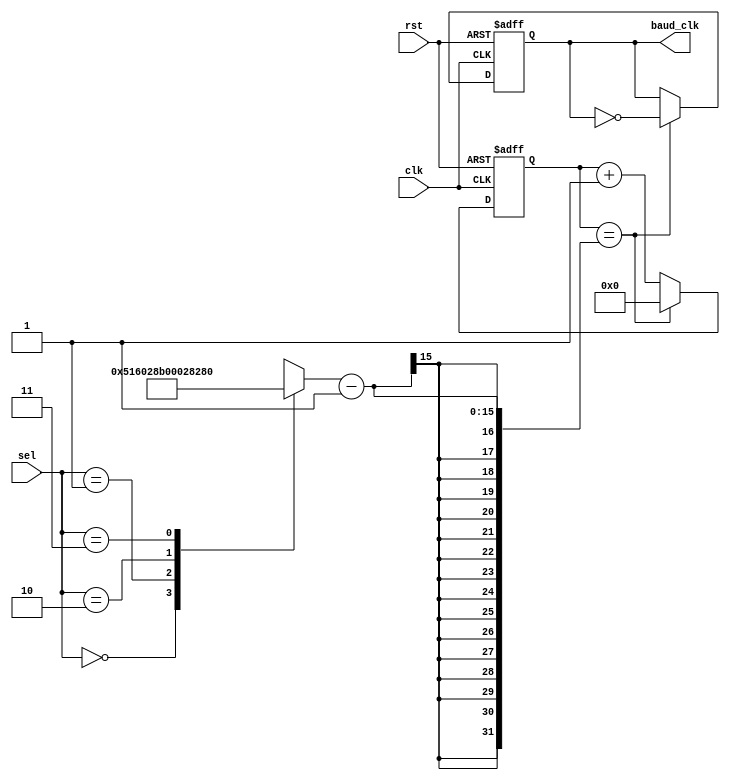
`timescale 1ns / 1ps
//////////////////////////////////////////////////////////////////////////////////
// Company: 
// Engineer: 
// 
// Design Name: 
// Module Name: baud_rate
// Project Name: 
// Target Devices: 
// Tool Versions: 
// Description: 
// 
// Dependencies: 
// 
// Revision:
// Revision 0.01 - File Created
// Additional Comments:
// 
//////////////////////////////////////////////////////////////////////////////////


module baud_rate(baud_clk,sel,clk,rst);
output reg baud_clk;
input clk,rst; 
input [1:0] sel; 
reg [26:0] count; 
reg [14:0] modulus; 

always @(posedge clk or negedge rst) 
 begin 
  if(!rst) 
   begin 
     count<=0; 
     baud_clk<=0; 
   end 
  else 
 begin 
   if(count==modulus-1)
     begin 
      baud_clk<=~baud_clk; 
      count<=0;
      end
   else 
     begin
       baud_clk<=baud_clk;
       count<=count+1;
      end 
   end
 end
always@(*) 
begin 
  case(sel)
  2'b00: modulus=15'd10416; 
  2'b01: modulus=13'd2604;
  2'b10: modulus=3'd5;
  2'b11: modulus=11'd656;
  endcase
  end 
 endmodule